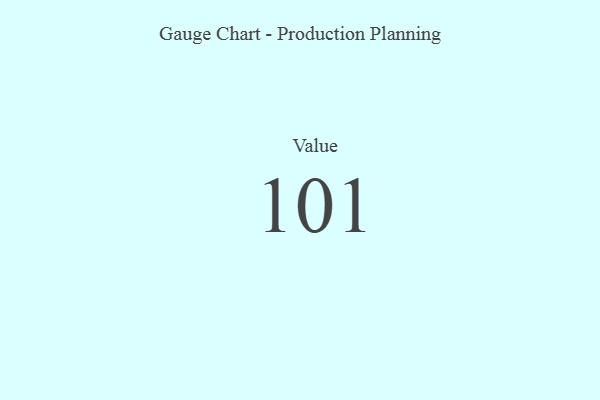
{"axis": {"x": "Metric", "y": "Value"}, "legend": [""], "data": [{"x": "Value", "y": 101, "type": ""}]}